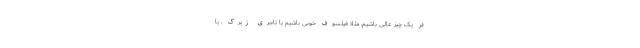
در یک چیز عالی باشیم، مثلاً فیلسوف خوبی باشیم یا تاجری زیرک ، یا